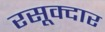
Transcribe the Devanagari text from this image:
रसूक्दार